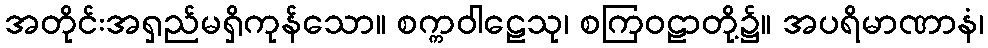
အတိုင်းအရှည်မရှိကုန်သော။ စက္ကဝါဠေသု၊ စကြဝဠာတို့၌။ အပရိမာဏာနံ၊